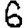
Digit: 6